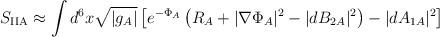
LaTeX: \begin{align*}S_{\rm IIA} \approx \int d^6 x \sqrt{|g_A|} \left[ e^{-\Phi_A} \left( R_A +|\nabla \Phi_A |^2 -| dB_{2A} |^2 \right)- | dA_{1A}|^2 \right]\end{align*}